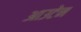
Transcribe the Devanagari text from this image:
आउटेन